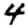
Digit: 4